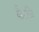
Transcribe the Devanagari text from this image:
कैरळि